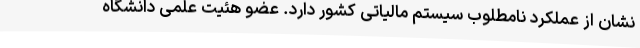
نشان از عملکرد نامطلوب سیستم مالیاتی کشور دارد. عضو هئیت علمی دانشگاه